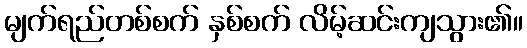
မျက်ရည်တစ်စက် နှစ်စက် လိမ့်ဆင်းကျသွား၏။